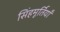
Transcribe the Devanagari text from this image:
सिंहमूर्तियाँ